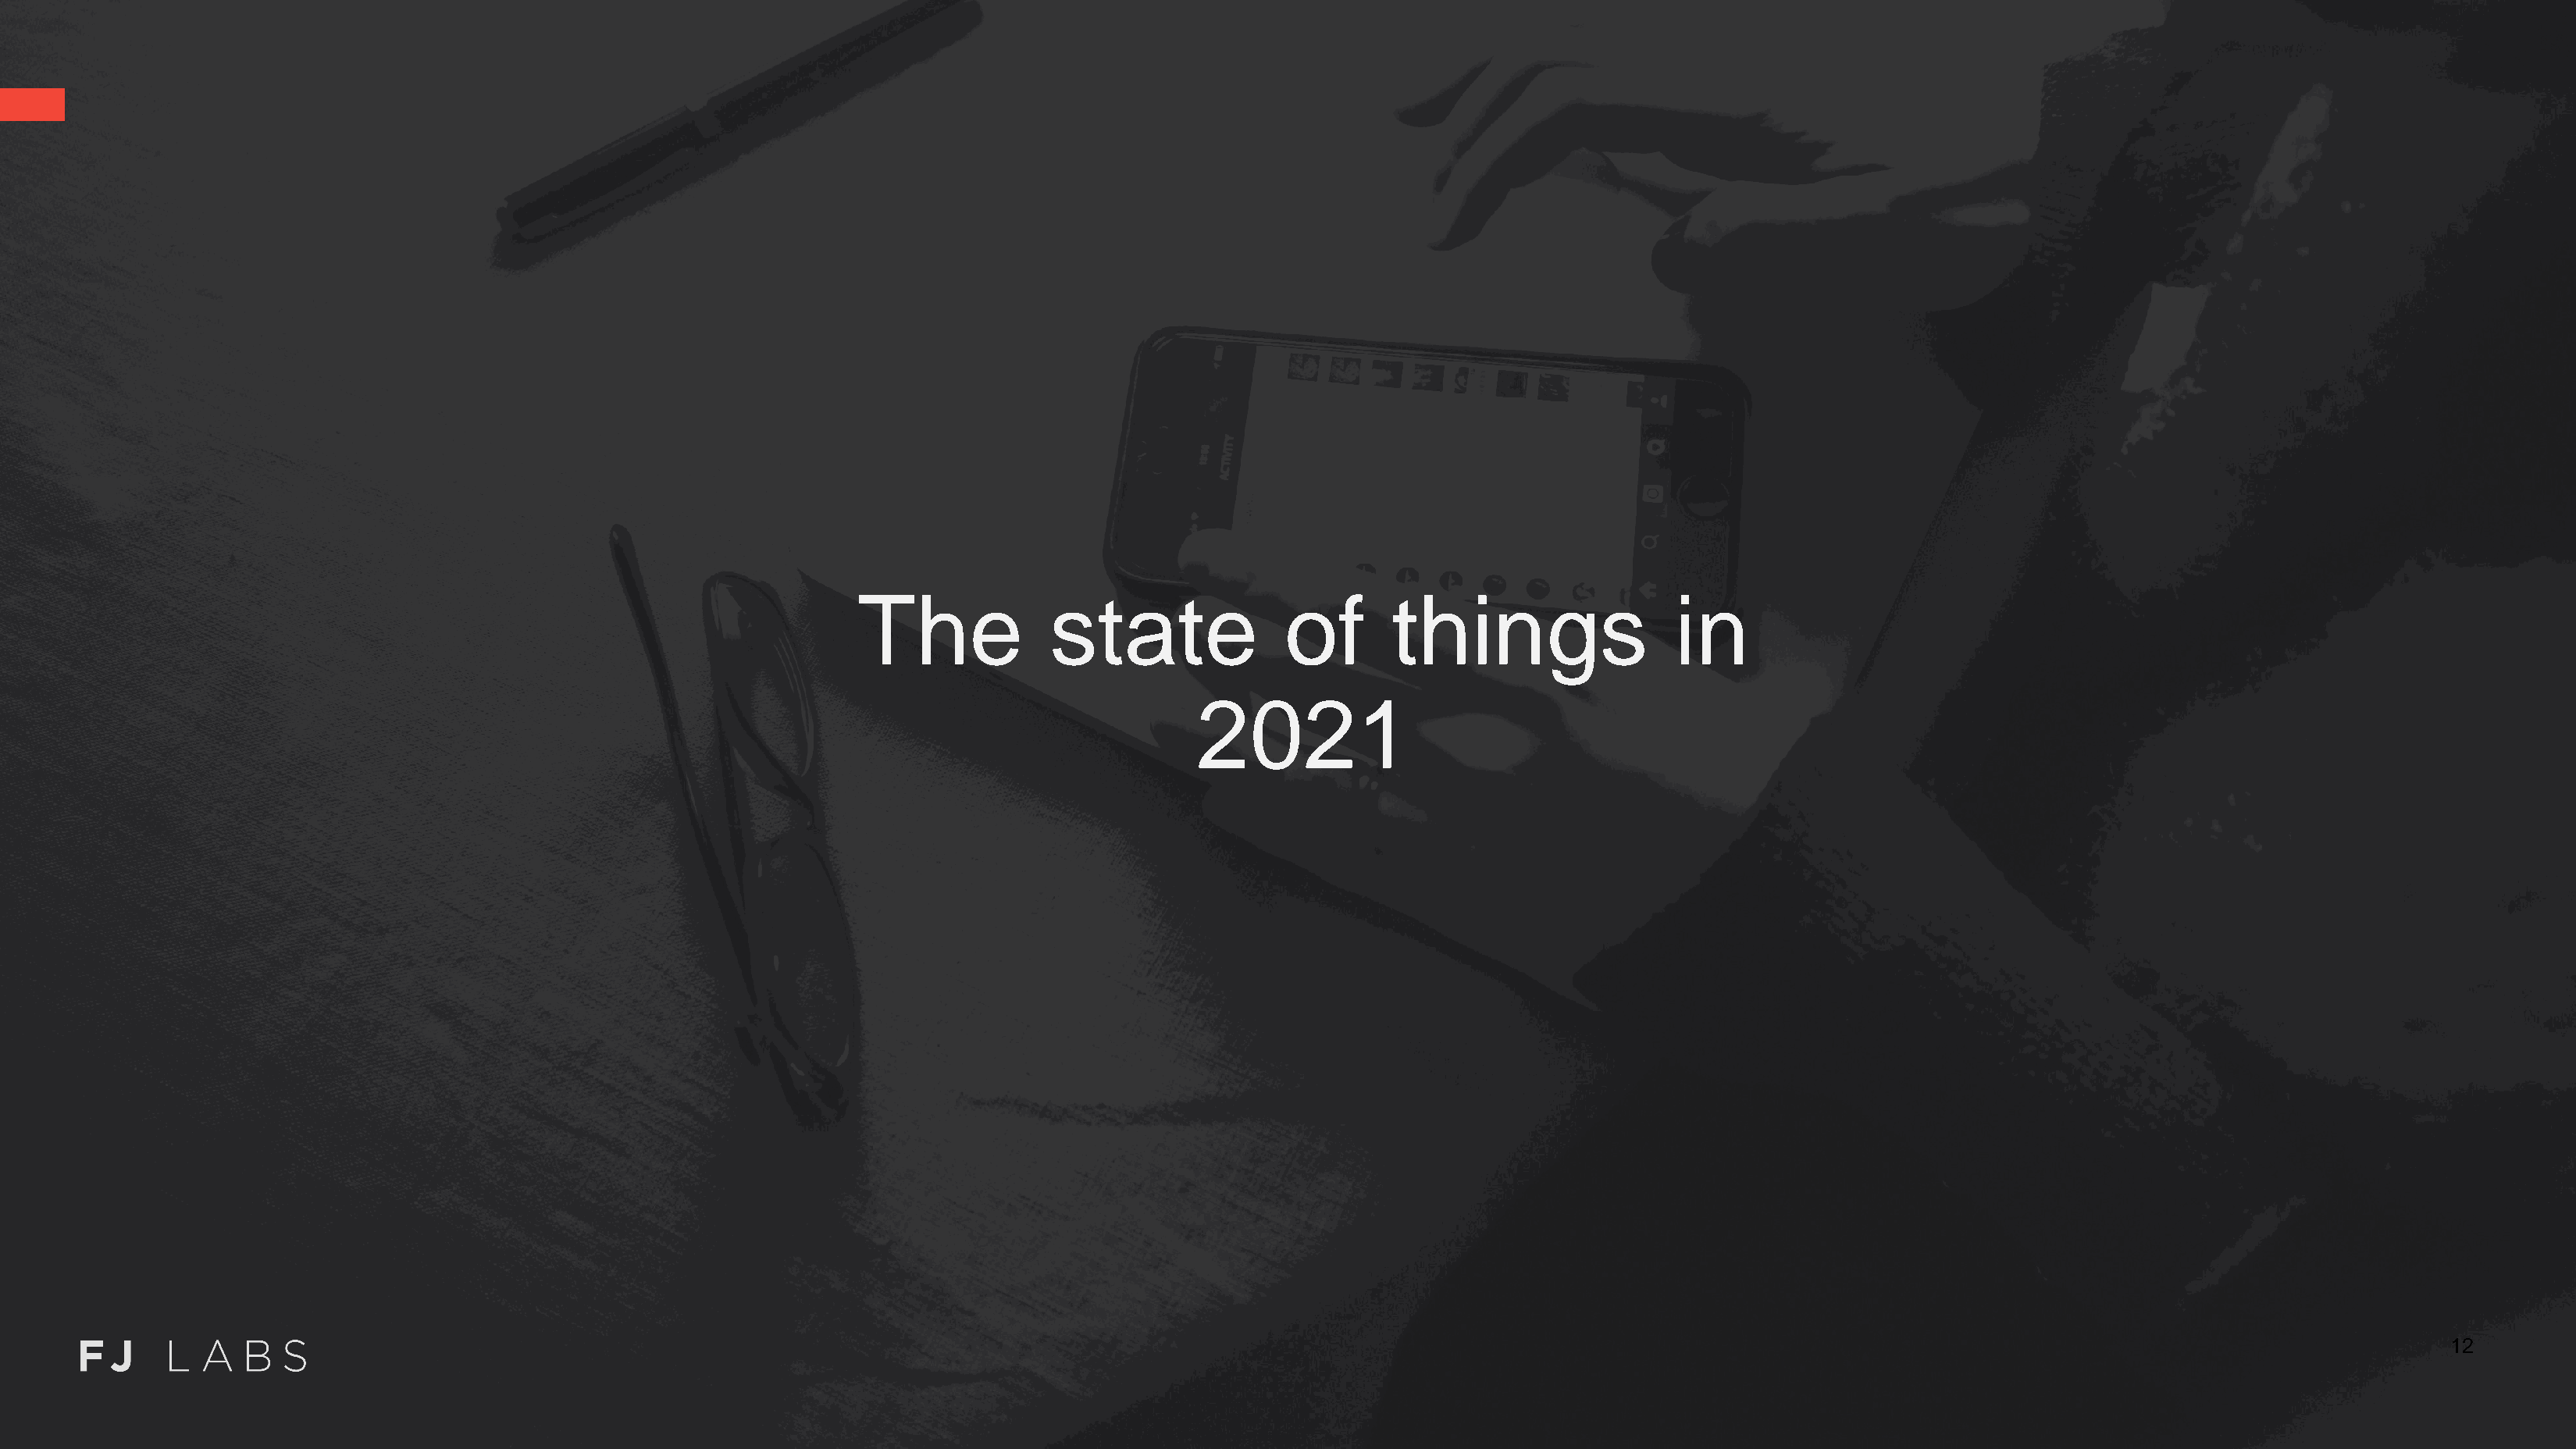
The             state               of       things                  in
 2021
 12